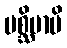
ပစ္ဆိမာပိ